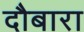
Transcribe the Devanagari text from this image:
दौबारा